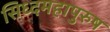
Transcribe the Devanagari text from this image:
सिध्दमहापुरुष